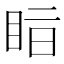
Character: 𥅭